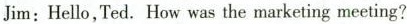
Jim: Hello,Ted.How was the marketing meeting?